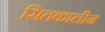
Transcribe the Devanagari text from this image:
सितकालीन